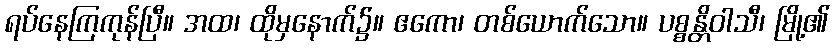
ရပ်နေကြကုန်ပြီ။ အထ၊ ထိုမှနောက်၌။ ဧကော၊ တစ်ယောက်သော။ ပစ္စန္တိဝါသီ၊ မြို့၏